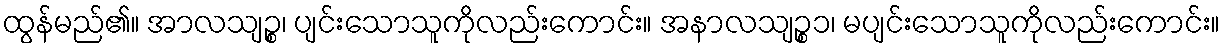
ထွန်မည်၏။ အာလသျဉ္စ၊ ပျင်းသောသူကိုလည်းကောင်း။ အနာလသျဉ္စ၁၊ မပျင်းသောသူကိုလည်းကောင်း။